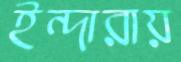
ইন্দারায়